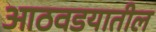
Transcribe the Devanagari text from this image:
आठवडयातील